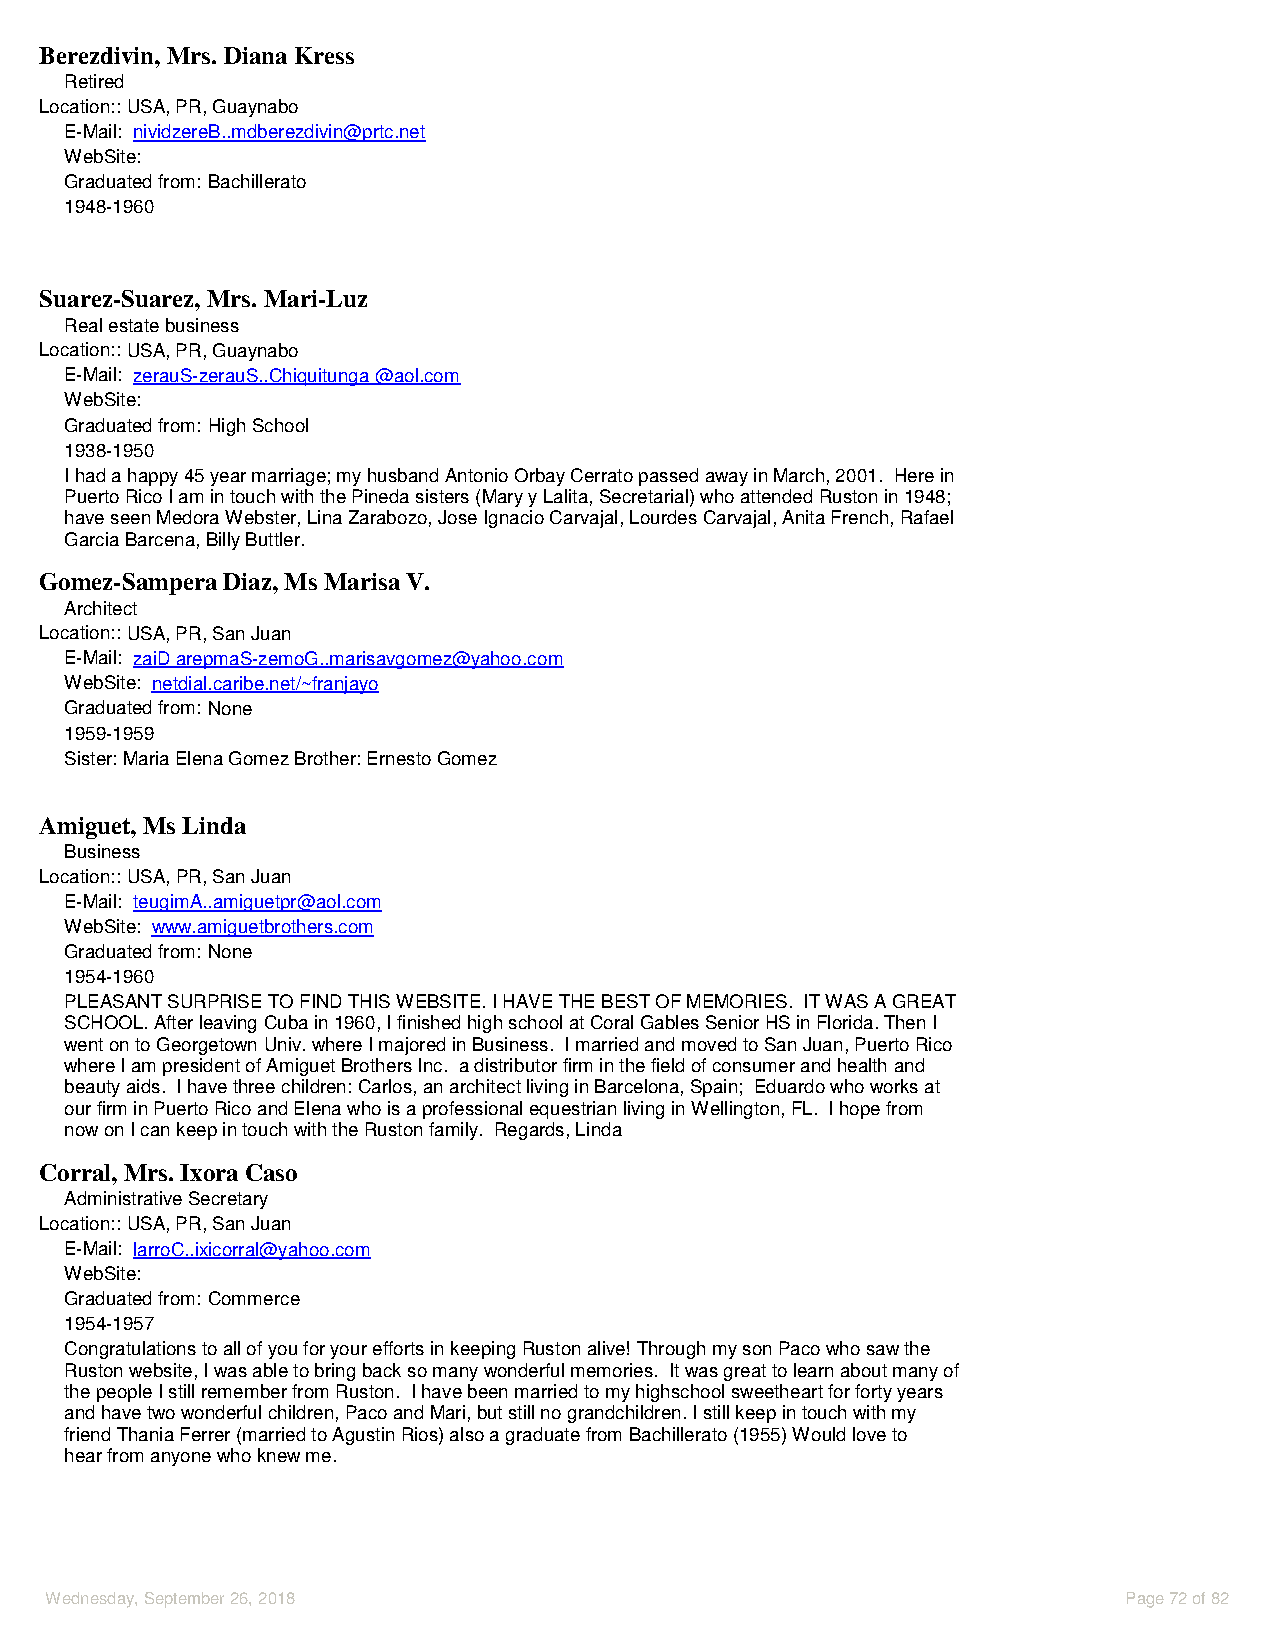
Berezdivin, Mrs. Diana Kress
 Retired
 Location::USA, PR, Guaynabo
 E-Mail: nividzereB..mdberezdivin@prtc.net
 WebSite:
 Graduated from: Bachillerato
 1948-1960
 Suarez-Suarez, Mrs. Mari-Luz
 Real estate business
 Location::USA, PR, Guaynabo
 E-Mail: zerauS-zerauS..Chiquitunga @aol.com
 WebSite:
 Graduated from: High School
 1938-1950
 I had a happy 45 year marriage; my husband Antonio Orbay Cerrato passed away in March, 2001. Here in
 Puerto Rico I am in touch with the Pineda sisters (Mary y Lalita, Secretarial) who attended Ruston in 1948;
 have seen Medora Webster, Lina Zarabozo, Jose Ignacio Carvajal, Lourdes Carvajal, Anita French, Rafael
 Garcia Barcena, Billy Buttler.
 Gomez-Sampera Diaz, Ms Marisa V.
 Architect
 Location::USA, PR, San Juan
 E-Mail: zaiD arepmaS-zemoG..marisavgomez@yahoo.com
 WebSite: netdial.caribe.net/~franjayo
 Graduated from: None
 1959-1959
 Sister: Maria Elena Gomez Brother: Ernesto Gomez
 Amiguet, Ms Linda
 Business
 Location::USA, PR, San Juan
 E-Mail: teugimA..amiguetpr@aol.com
 WebSite: www.amiguetbrothers.com
 Graduated from: None
 1954-1960
 PLEASANT SURPRISE TO FIND THIS WEBSITE. I HAVE THE BEST OF MEMORIES. IT WAS A GREAT
 SCHOOL. After leaving Cuba in 1960, I finished high school at Coral Gables Senior HS in Florida. Then I
 went on to Georgetown Univ. where I majored in Business. I married and moved to San Juan, Puerto Rico
 where I am president of Amiguet Brothers Inc. a distributor firm in the field of consumer and health and
 beauty aids. I have three children: Carlos, an architect living in Barcelona, Spain; Eduardo who works at
 our firm in Puerto Rico and Elena who is a professional equestrian living in Wellington, FL. I hope from
 now on I can keep in touch with the Ruston family. Regards, Linda
 Corral, Mrs. Ixora Caso
 Administrative Secretary
 Location::USA, PR, San Juan
 E-Mail: larroC..ixicorral@yahoo.com
 WebSite:
 Graduated from: Commerce
 1954-1957
 Congratulations to all of you for your efforts in keeping Ruston alive! Through my son Paco who saw the
 Ruston website, I was able to bring back so many wonderful memories. It was great to learn about many of
 the people I still remember from Ruston. I have been married to my highschool sweetheart for forty years
 and have two wonderful children, Paco and Mari, but still no grandchildren. I still keep in touch with my
 friend Thania Ferrer (married to Agustin Rios) also a graduate from Bachillerato (1955) Would love to
 hear from anyone who knew me.
 Wednesday, September 26, 2018                                           Page 72 of 82